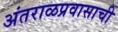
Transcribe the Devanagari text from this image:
अंतराळप्रवासाची